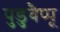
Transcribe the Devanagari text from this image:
पुडुवैप्पू